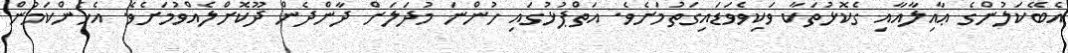
އެބޭކަލުންގެ ޢާއިލާއާއި ގެކޮޅުތަކާ ވަކިވެވަޑައިގަތުމަށެވެ. އަތްޕުޅުގައި ހުންނަ މުދަލަށް ދާންދެން ދޫކޮށްލެއްވުމަށެވެ. އެހެންކަމުން